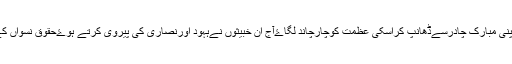
اس دورمیں ہمارےنبی صل الللہ علیہ وسلم نےاپنی تواپنی دشمن کی بچی کاسر بھی اپنی مبارک چادرسےڈھانپ کراسکی عظمت کوچارچاند لگاۓآج ان خبیثوں نےہہود اورنصاری کی پیروی کرتے ہوۓحقوق نسواں کےنام پر اپنی بہنوں بیٹیوں کوآدھ ننگاکرکےگلی بازاروں اورٹی وی کی زینت بنا دیا۔